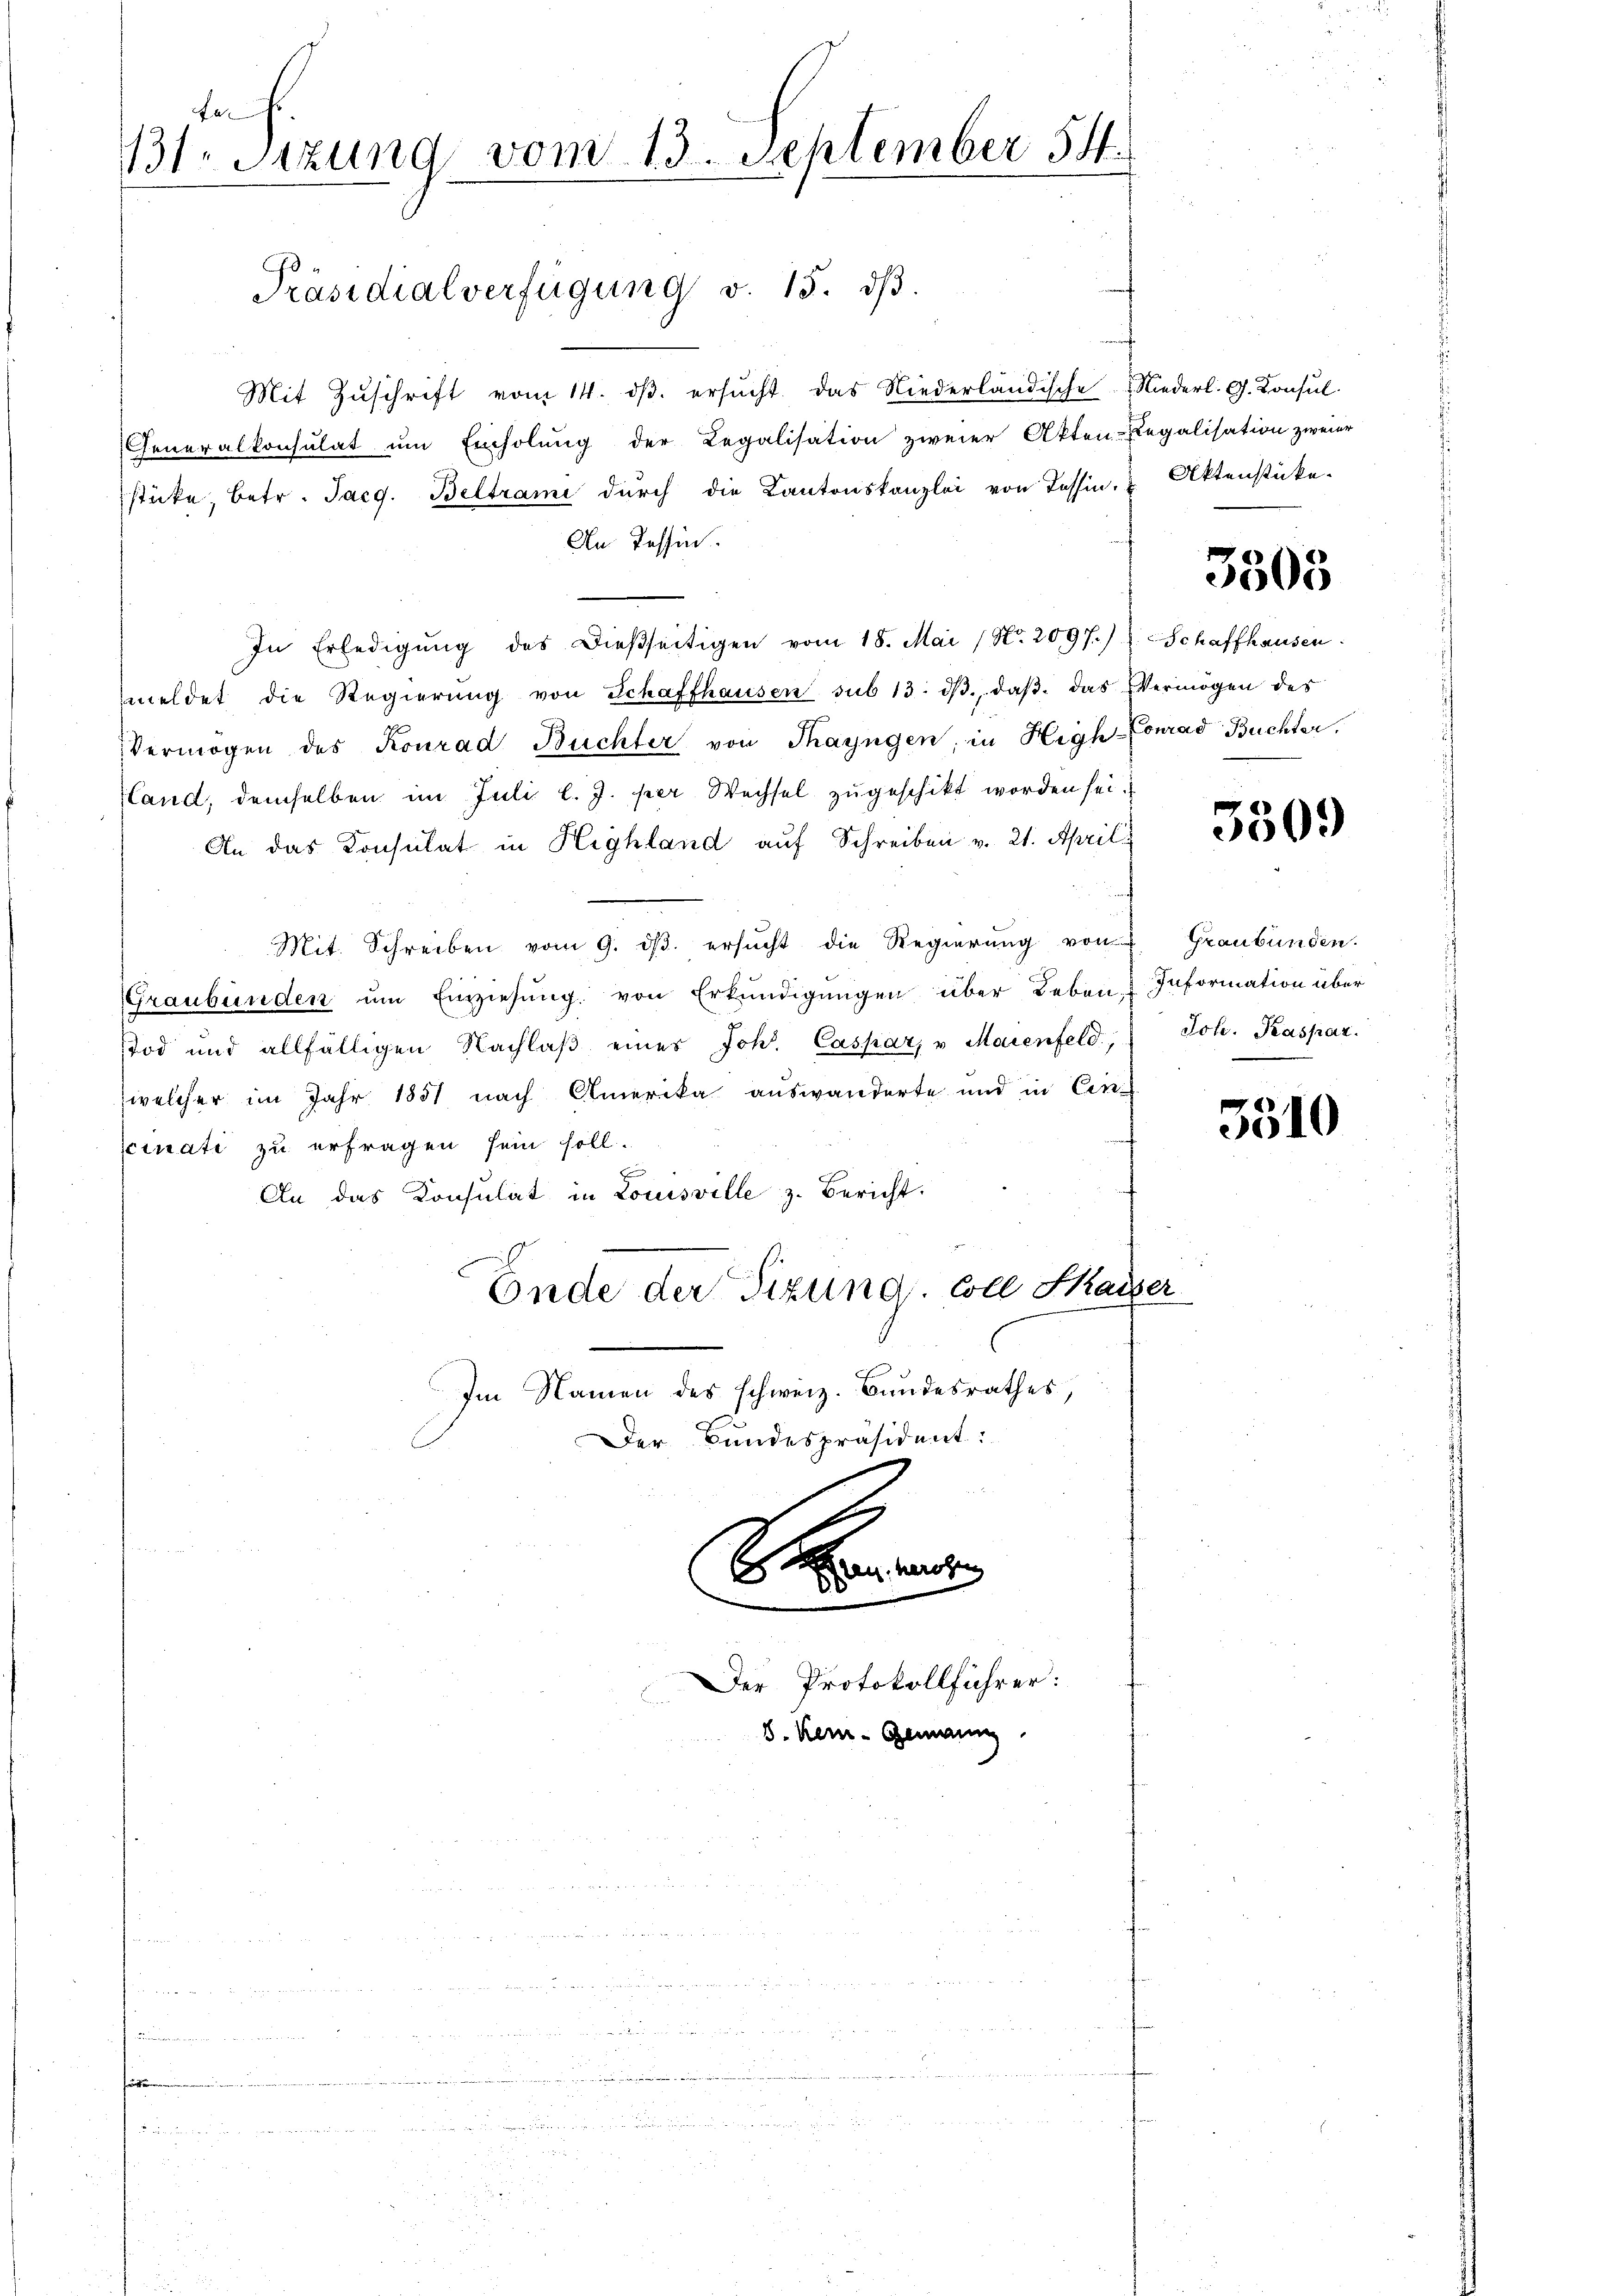
da Fr.
131. Sitzung vom 13. September 54.

Mit Zŭschrift vom 14. dβ. ersŭcht. Das Niederländische Niederl. G. Konsŭl
Generalkonsulat um Einholung der Legalisation zweier Akten-Regalisation zweier
stücke, betr. Jacg. Beltrami dŭrch die Kantonskanzlei von Tessin. & Aktenstücke-
An Tessin.
In Erledigung des dießseitigen vom 18. Mai (Nr. 2097.) J. Schaffhausen
meldet die Regierŭng von Schaffhausen sub 13. dβ, daβ das Vermögen des
Vermögen des Konrad Büchter von Thayngen, in High-Conrad Buchter,
land, demselben im Juli l. J. per Wechsel zŭgeschikt worden sei.
An das Konsulat in Highland auf Schreiben v. 21. April
Mit. Schreiben vom 9. dβ. ersŭcht die Regierŭng von Graubünden.
Graubünden um Einziehung von Erkundigungen über Leben & Information über
stod und allfälligen Nachlaβ eines Joh. Caspar, u. Maienfeld, Joh. Kaspar
welcher im Jahr 1851 nach Amerika auswanderte und in Cen-
cinati zu erfragen sein soll.
z
An das Konsulat in Louisville z. Bericht.
Ende der Tizung. Coll Kaiser
Im Namen des schweiz. Bundesrathes,
Der Bundespräsident:

Präsidialverfügung v. 13. dβ.

S
Der Protokollführer:
8. Kei-Gemeing

3505

3509

3510